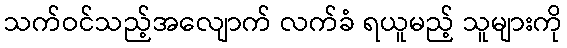
သက်ဝင်သည့်အလျောက် လက်ခံ ရယူမည့် သူများကို